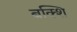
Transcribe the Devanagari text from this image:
बक्शि